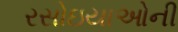
રસોઇયાઓની